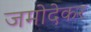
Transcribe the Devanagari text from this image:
जमोदेकर